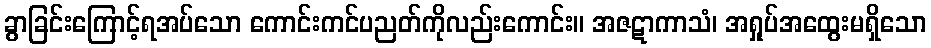
ခွာခြင်းကြောင့်ရအပ်သော ကောင်းကင်ပညတ်ကိုလည်းကောင်း။ အဇဋာကာသံ၊ အရှုပ်အထွေးမရှိသော